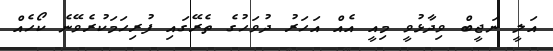
އަލީ ނަޖީބް ވިދާޅުވީ މިއީ އެއް އަހަރު ދުވަހުގެ ތެރޭގައި ފުރިހަމަކުރެވޭނެ ކޯހެއް